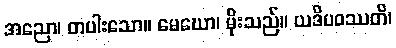
အညော၊ တပါးသော။ မေဃော၊ မိုးသည်။ ယဒိပဝဿတိ၊